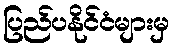
ပြည်ပနိုင်ငံများမှ